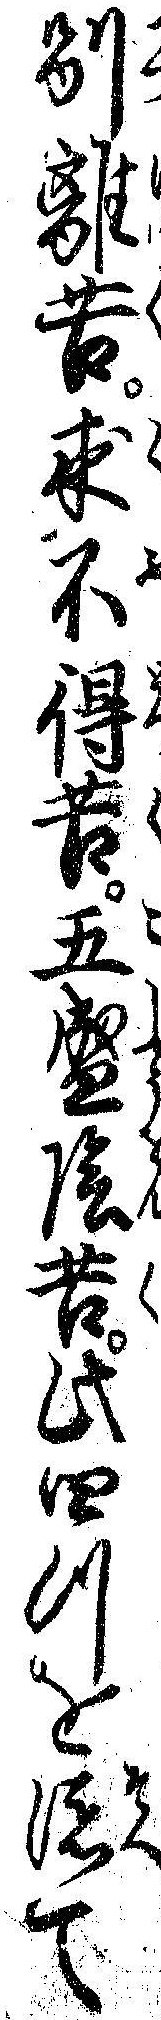
別離苦求不得苦五盛陰苦此四つを添て